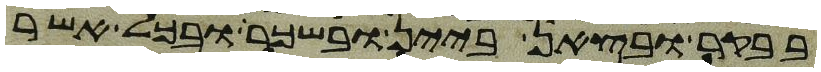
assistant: בבקר ובצאן ביין ובשכר ובכל אשר